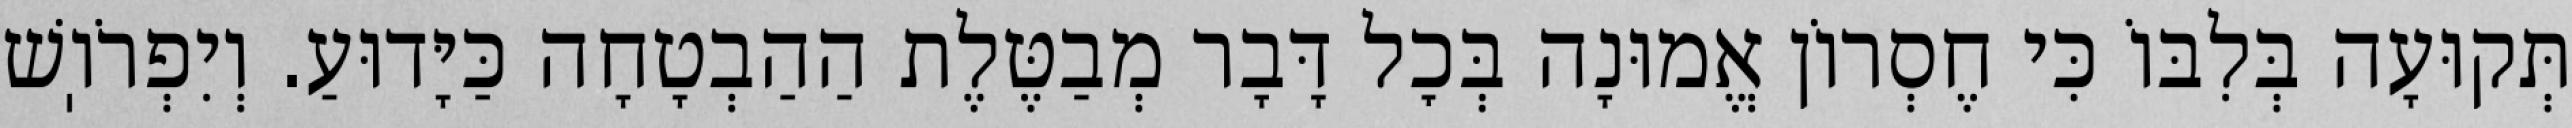
תְּקוּעָה בְּלִבּוֹ כִּי חֶסְרוֹן אֱמוּנָה בְּכׇל דָּבָר מְבַטֶּלֶת הַהַבְטָחָה כַּיָּדוּעַ. וְיִפְרֹוֽשׁ